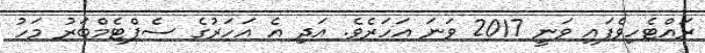
ރައްޓެހިވެފައި ވަނީ 2017 ވަނަ އަހަރެވެ. އަދި އެ އަހަރުގެ ސެޕްޓެމްބަރު މަހު